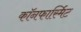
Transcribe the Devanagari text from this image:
कॉनफार्स्मिट